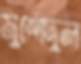
মুর্শেদুল